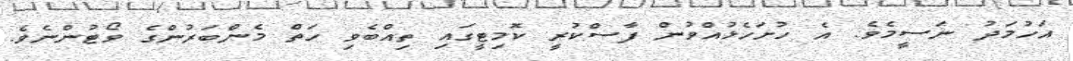
އަހުމަދު ނަސީމެވެ. އެ ހުށަހެޅުއްވުން ފާސްކުރީ ކޮމިޓީގައި ތިއްބެވި ހަތް މެންބަރުންގެ ވޯޓުންނެވެ.